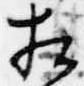
相